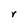
Character: r